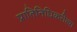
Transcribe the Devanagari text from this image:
प्रातिनिधिकरीत्या